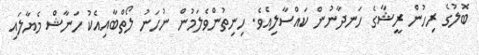
ބޮލުގެ ރިހުން ރީޝާގެ ހަނދާނުން ކައްސާލިއެވެ. ހިނިތުންވެލަމުން ނުހަނު ލޯތްބާއިއެކު ހަނާޝް މެޔާލައި